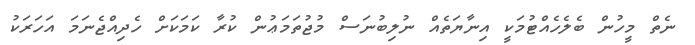
ނެތް މީހުން ބެލެހެއްޓުމަކީ އިނާޔަތެއް ނުލިބުނަސް މުޖުތަމަޢުން ކުރާ ކަމަކަށް ހެދިއްޖެނަމަ އަހަރަކު